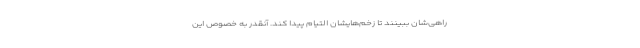
راهی‌شان ببینند تا زخم‌‌هایشان التیام پیدا کند. آنقدر به خصوص این